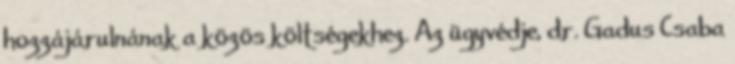
hozzájárulnának a közös költségekhez. Az ügyvédje, dr. Gadus Csaba